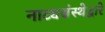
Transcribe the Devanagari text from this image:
नाट्यसंस्थेद्वारे